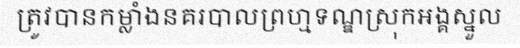
ត្រូវបានកម្លាំងនគរបាលព្រហ្មទណ្ឌស្រុកអង្គស្នួល